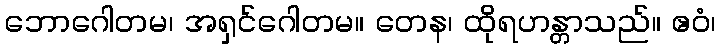
ဘောဂေါတမ၊ အရှင်ဂေါတမ။ တေန၊ ထိုရဟန္တာသည်။ ဧဝံ၊